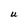
Character: U